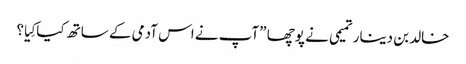
خالد بن دینار تمیمی نے پوچھا ”آپ نے اس آدمی کے ساتھ کیا کِیا؟